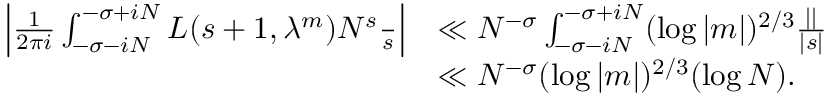
\begin{array} { r l } { \left| \frac { 1 } { 2 \pi i } \int _ { - \sigma - i N } ^ { - \sigma + i N } L ( s + 1 , \lambda ^ { m } ) N ^ { s } \frac { \d s } { s } \right| } & { \ll N ^ { - \sigma } \int _ { - \sigma - i N } ^ { - \sigma + i N } ( \log | m | ) ^ { 2 / 3 } \frac { | \d s | } { | s | } } \\ & { \ll N ^ { - \sigma } ( \log | m | ) ^ { 2 / 3 } ( \log N ) . } \end{array}